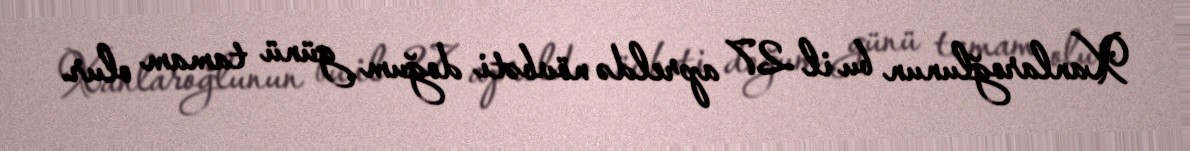
Xanlaroğlunun bu il 27 apreldə növbəti doğum günü tamam olur.